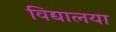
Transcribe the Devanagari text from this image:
विद्यालया